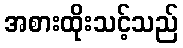
အစားထိုးသင့်သည်